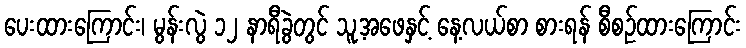
ပေးထားကြောင်း၊ မွန်းလွဲ ၁၂ နာရီခွဲတွင် သူ့အဖေနှင့် နေ့လယ်စာ စားရန် စီစဉ်ထားကြောင်း